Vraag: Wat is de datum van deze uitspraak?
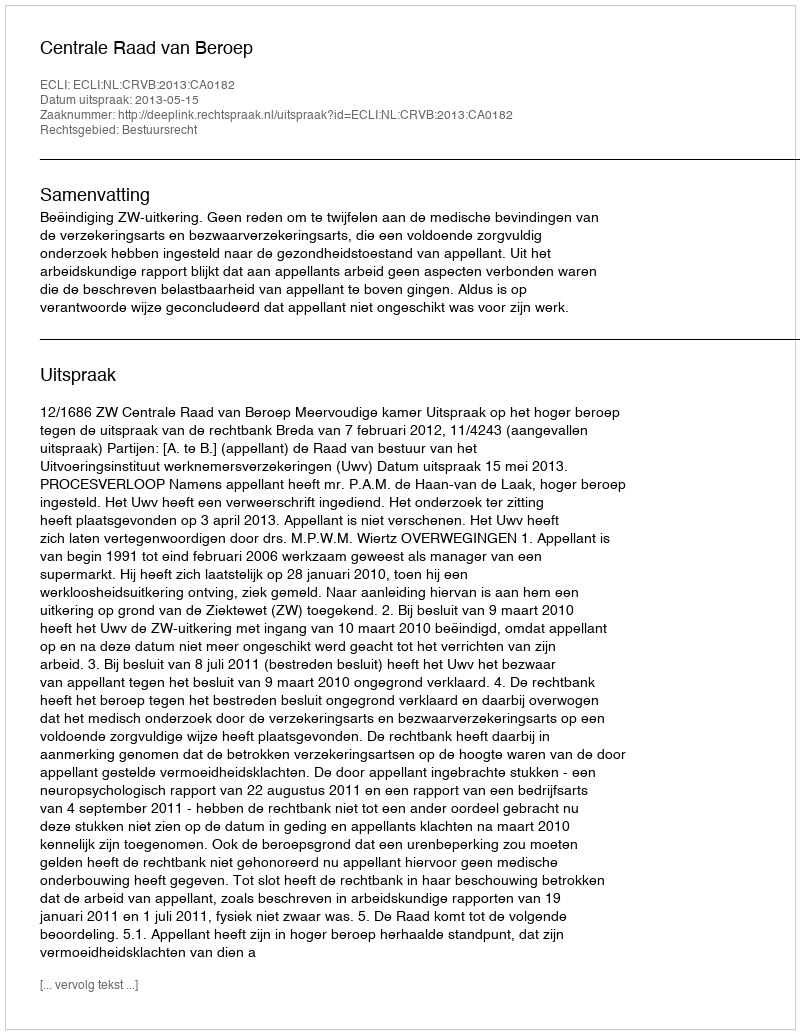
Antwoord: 2013-05-15